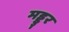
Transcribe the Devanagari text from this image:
मड्डुर